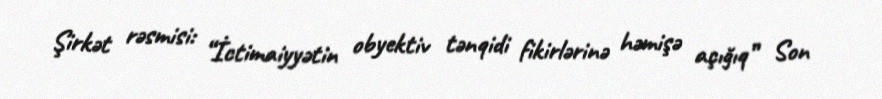
Şirkət rəsmisi: “İctimaiyyətin obyektiv tənqidi fikirlərinə həmişə açığıq” Son